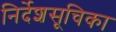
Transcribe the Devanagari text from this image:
निर्देशसूचिका